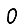
Digit: 0